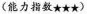
(能力指数★★★)